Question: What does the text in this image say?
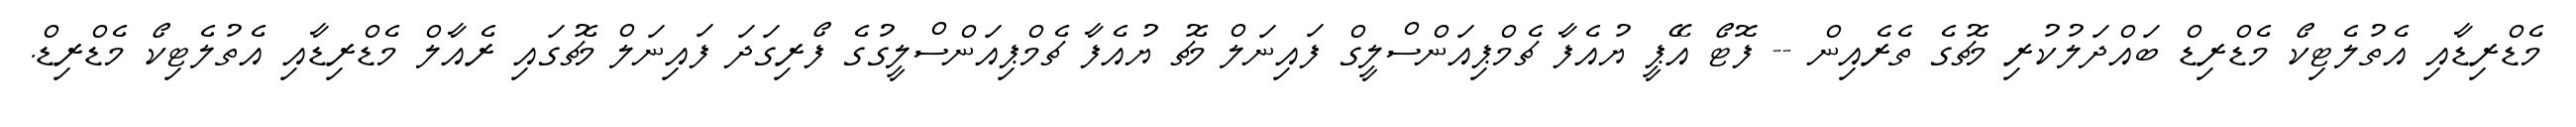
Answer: މެޑްރިޑާއި އެތުލެޓިކޯ މެޑްރިޑް ބައްދަލުކުރި މެޗުގެ ތެރެއިން -- ފޮޓޯ އޭޕީ ޔުއެފާ ޗެމްޕިއަންސްލީގް ފައިނަލް މެޗު ޔުއެފާ ޗެމްޕިއަންސްލީގުގެ ފޯރިގަދަ ފައިނަލް މެޗުގައި ރެއާލް މެޑްރިޑާއި އެތުލެޓިކޯ މެޑްރިޑް.